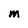
Character: m